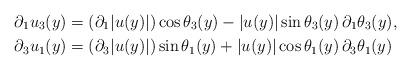
LaTeX: \begin{align*} \partial_1u_3(y) &= (\partial_1|u(y)|)\cos\theta_3(y) -|u(y)|\sin\theta_3(y)\,\partial_1\theta_3(y),\\ \partial_3u_1(y) &= (\partial_3|u(y)|)\sin\theta_1(y) +|u(y)|\cos\theta_1(y)\,\partial_3\theta_1(y)\end{align*}